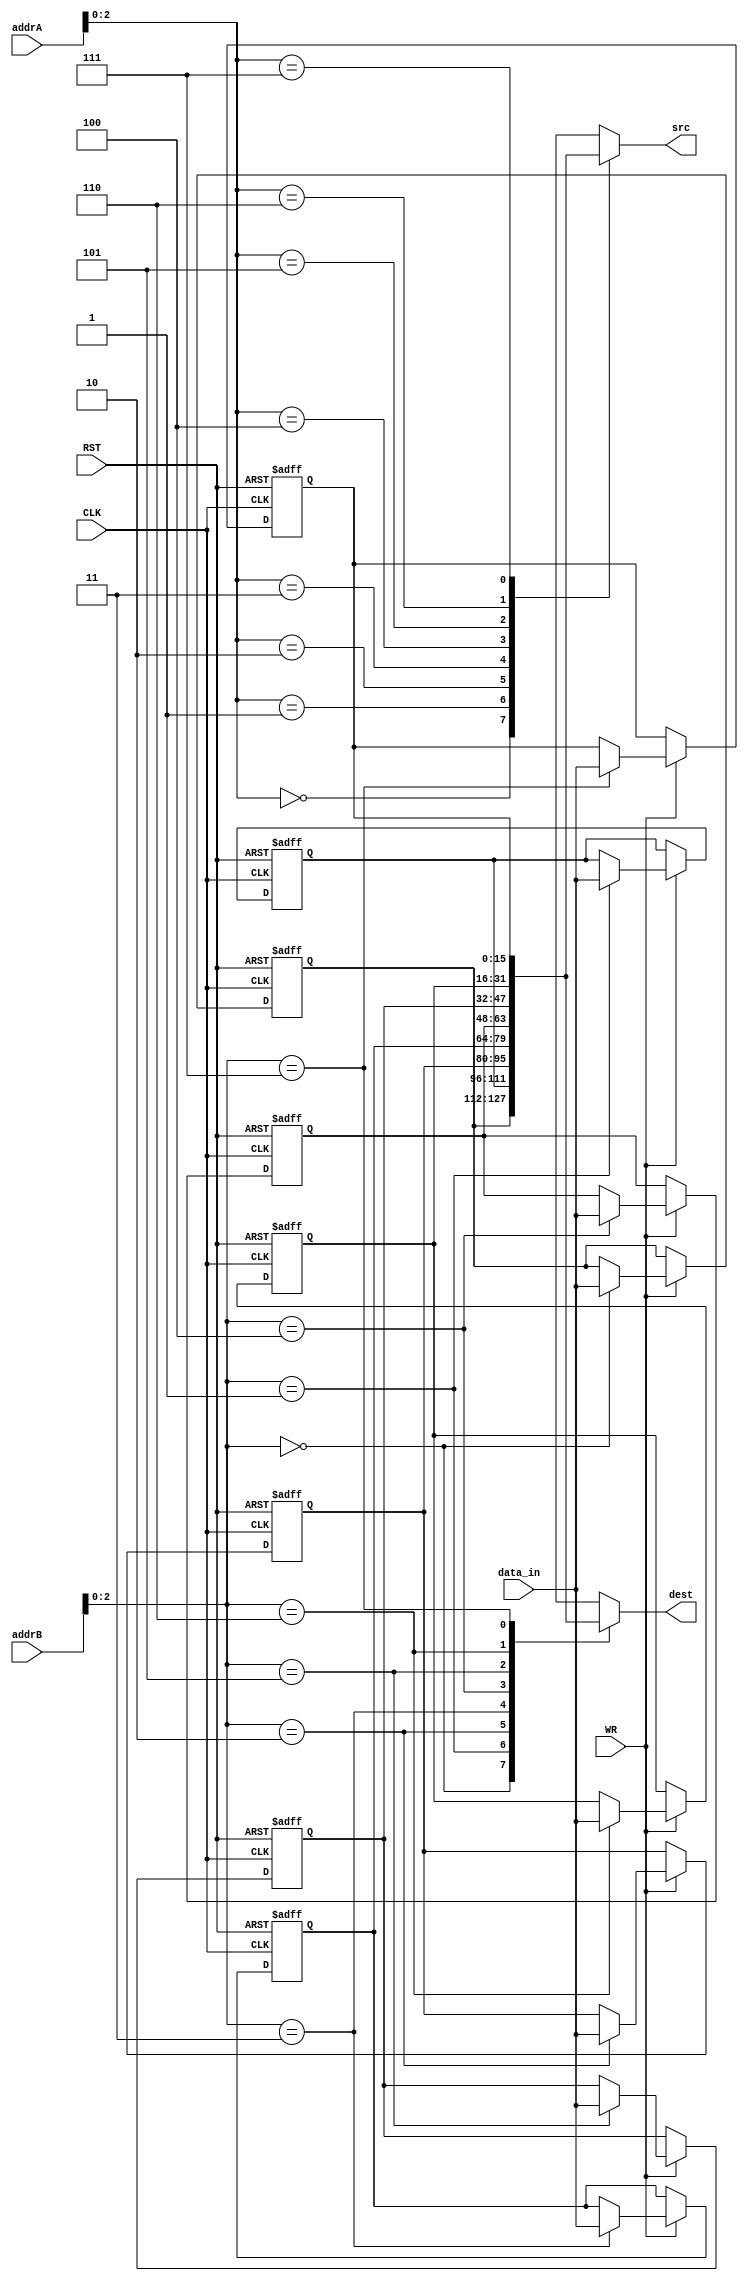


module RegisterFile(addrA, addrB, data_in, CLK, RST, WR, src, dest);

	input [3:0] addrA, addrB; 
	input [15:0] data_in;
	input CLK, RST, WR;

	output reg [15:0] src, dest;

	
	reg [15:0] data[7:0];
	reg [15:0] i;

	initial begin
		src <= 16'b0;
		dest <= 16'b0;
	end

	//write
	always @(posedge CLK or negedge RST) begin
		
		if(!RST) begin
			for(i=0; i<8; i = i+1) data[i]<=0;
		end

		else if(WR) data[addrB[2:0]] <= data_in;
	
	end

	//read
	always @(*) begin
		src = data[addrA[2:0]];
 		dest = data[addrB[2:0]];
	end


endmodule